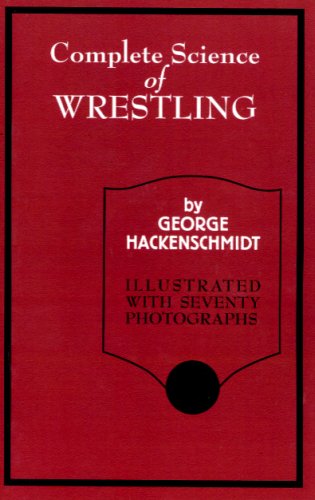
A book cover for The Complete Science Of Wrestling; George Hackenschmidt; Sports & Outdoors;